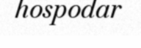
hospodar